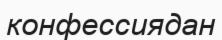
конфессиядан